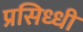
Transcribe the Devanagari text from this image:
प्रसिध्‍धी